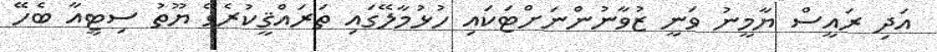
އަދި ރައީސް ޔާމީނު ވަނީ ޒުވާނުންނަށްޓަކައި ހުޅުމާލޭގައި ތަރައްޤީކުރެވޭ ޔޫތު ސިޓީއާ ބެހޭ